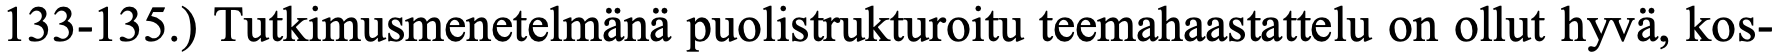
133-135.) Tutkimusmenetelmänä puolistrukturoitu teemahaastattelu on ollut hyvä, kos-